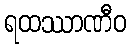
ရထဿာဏီဝ